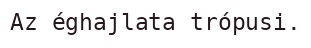
Az éghajlata trópusi.